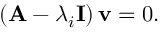
\left( \mathbf { A } - \lambda _ { i } \mathbf { I } \right) \mathbf { v } = 0 .